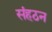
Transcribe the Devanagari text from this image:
संहठन